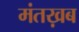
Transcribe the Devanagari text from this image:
मंतख़ब